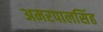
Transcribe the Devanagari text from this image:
अमरपालसिंह